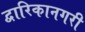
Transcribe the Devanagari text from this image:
द्वारिकानगरी